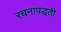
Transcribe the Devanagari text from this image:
रचनापद्धती